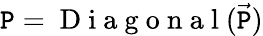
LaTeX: \mathtt{P}=\mathrm{{~D~i~a~g~o~n~a~l~}}(\vec{{\mathbb{{\mathtt{P}}}}})